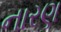
નારણ